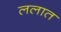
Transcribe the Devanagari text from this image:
ललात